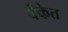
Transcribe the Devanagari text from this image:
बॅँकेत